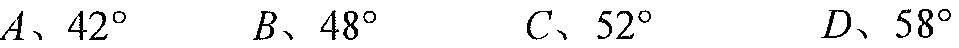
\(A、42^{\circ}\)  \(B、48^{\circ}\)  \(C、52^{\circ}\)  \(D、58^{\circ}\)